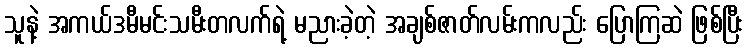
သူနဲ့ အကယ်ဒမီမင်းသမီးတလက်ရဲ့ မညားခဲ့တဲ့ အချစ်ဇာတ်လမ်းကလည်း ပြောကြဆဲ ဖြစ်ပြီး